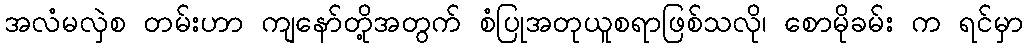
အလံမလှဲစ တမ်းဟာ ကျနော်တို့အတွက် စံပြုအတုယူစရာဖြစ်သလို၊ စောမိုခမ်း က ရင်မှာ